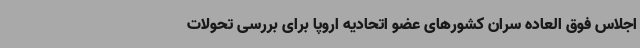
اجلاس فوق العاده سران کشورهای عضو اتحادیه اروپا برای بررسی تحولات